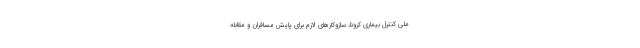
ملی کنترل بیماری کرونا، سازوکارهای لازم برای پایش مسافران و مقابله